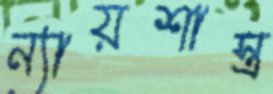
ন্যায়শাস্ত্র